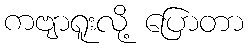
ကဗျာရူးလို့ ပြောတာ